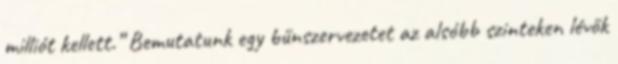
milliót kellett.” Bemutatunk egy bűnszervezetet az alsóbb szinteken lévők